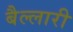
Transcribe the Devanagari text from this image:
बैल्लारी